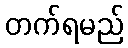
တက်ရမည်